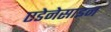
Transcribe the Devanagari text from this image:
एडेनेसाइन